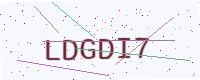
Text: LDGDI7